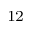
_ { 1 2 }